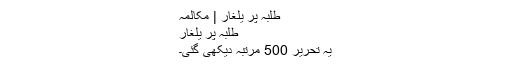
طلبہ پر یلغار | مکالمہ
طلبہ پر یلغار
یہ تحریر 500 مرتبہ دیکھی گئی۔